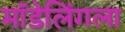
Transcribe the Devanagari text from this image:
मॉडेलिंगला